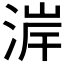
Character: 𪶐